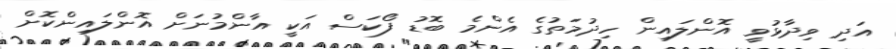
އަދި ވިދާޅުވީ އޮންލައިން ހިދުމަތުގެ އެންމެ ބޮޑު ފޯކަސް އަކީ އާންމުނަށް އޮންލައިންކޮށް